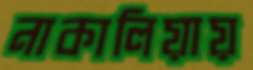
নাকালিয়ায়